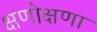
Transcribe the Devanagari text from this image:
क्षणोक्षणा